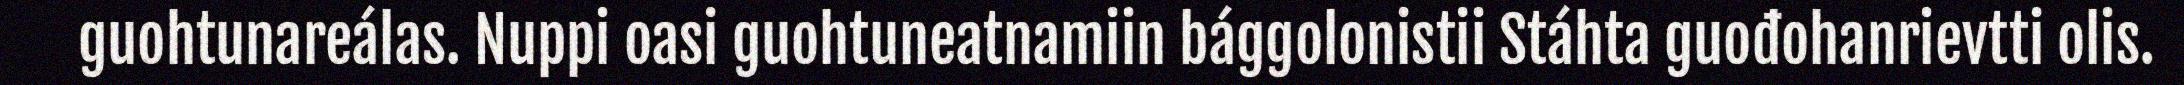
guohtunareálas. Nuppi oasi guohtuneatnamiin bággolonistii Stáhta guođohanrievtti olis.